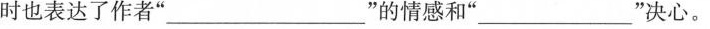
时也表达了作者”___”的情感和”___”决心。